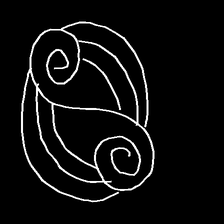
Glyph: wind-underfoot